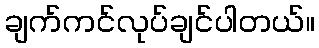
ချက်ကင်လုပ်ချင်ပါတယ်။